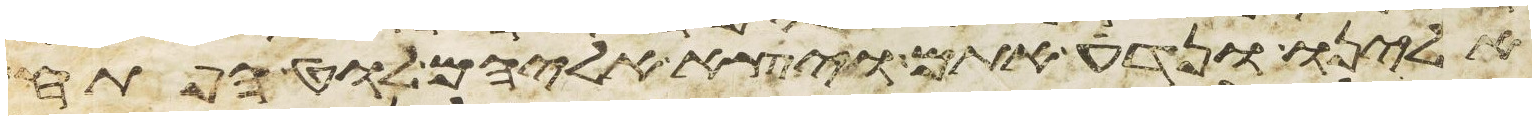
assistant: אלינו ונדע אתם ויצא אליהם לוט הפתח